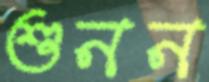
শুনন